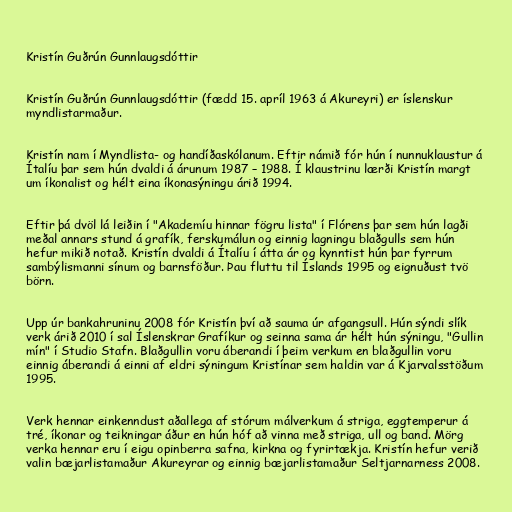
Kristín Guðrún Gunnlaugsdóttir

Kristín Guðrún Gunnlaugsdóttir (fædd 15. apríl 1963 á Akureyri) er íslenskur
myndlistarmaður.

Kristín nam í Myndlista- og handíðaskólanum. Eftir námið fór hún í nunnuklaustur á
Ítalíu þar sem hún dvaldi á árunum 1987 – 1988. Í klaustrinu lærði Kristín margt
um íkonalist og hélt eina íkonasýningu árið 1994.

Eftir þá dvöl lá leiðin í "Akademíu hinnar fögru lista" í Flórens þar sem hún lagði
meðal annars stund á grafík, ferskumálun og einnig lagningu blaðgulls sem hún
hefur mikið notað. Kristín dvaldi á Ítalíu í átta ár og kynntist hún þar fyrrum
sambýlismanni sínum og barnsföður. Þau fluttu til Íslands 1995 og eignuðust tvö
börn.

Upp úr bankahruninu 2008 fór Kristín því að sauma úr afgangsull. Hún sýndi slík
verk árið 2010 í sal Íslenskrar Grafíkur og seinna sama ár hélt hún sýningu, "Gullin
mín" í Studio Stafn. Blaðgullin voru áberandi í þeim verkum en blaðgullin voru
einnig áberandi á einni af eldri sýningum Kristínar sem haldin var á Kjarvalsstöðum
1995.

Verk hennar einkenndust aðallega af stórum málverkum á striga, eggtemperur á
tré, íkonar og teikningar áður en hún hóf að vinna með striga, ull og band. Mörg
verka hennar eru í eigu opinberra safna, kirkna og fyrirtækja. Kristín hefur verið
valin bæjarlistamaður Akureyrar og einnig bæjarlistamaður Seltjarnarness 2008.